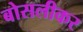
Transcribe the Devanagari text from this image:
बोसलीकर